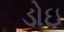
ડોઇ